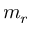
m _ { r }